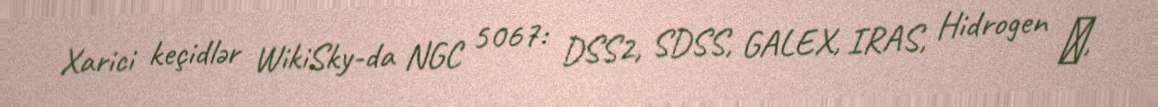
Xarici keçidlər WikiSky-da NGC 5067: DSS2, SDSS, GALEX, IRAS, Hidrogen α,